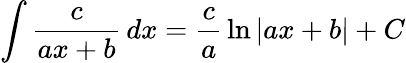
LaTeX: \int{\frac{c}{ax+b}}\, dx={\frac{c}{a}}\ln\left|ax+b\right|+C